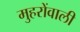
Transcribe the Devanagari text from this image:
मुहरोंवाली